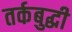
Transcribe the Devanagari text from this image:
तर्कबुद्धी